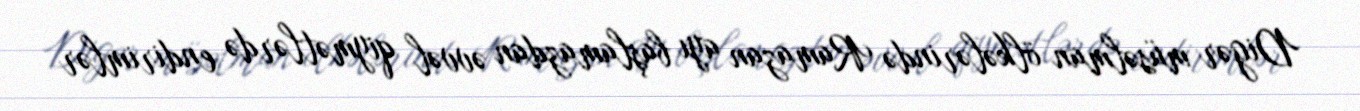
Digər müsəlman ölkələrində Ramazan ayı başlamazdan əvvəl qiymətlərdə endirimlər